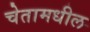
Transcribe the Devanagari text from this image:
चेतामधील